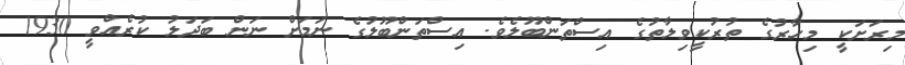
މިރަށަކީ މިހާރުގެ ތުރުކީވިލާތުގެ އިސްތަންބޫލެވެ. އިސްތަންބޫލުގެ ނަމަށް ނަން ބަދަލު ކުރެއްވީ 1930